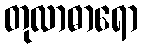
တုလာဓာရော